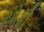
યોફી